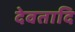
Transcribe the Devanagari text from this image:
देवतादि